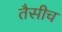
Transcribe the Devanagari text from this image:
तैसीच